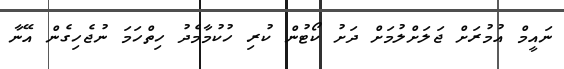
ނައީމް އުމުރަށް ޖަލަށްލުމަށް ދަށު ކޯޓުން ކުރި ހުކުމާމެދު ހިތްހަމަ ނުޖެހިގެން އޭނާ